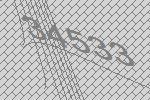
34533